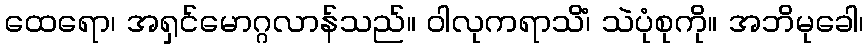
ထေရော၊ အရှင်မောဂ္ဂလာန်သည်။ ဝါလုကရာသိံ၊ သဲပုံစုကို။ အဘိမုခေါ၊